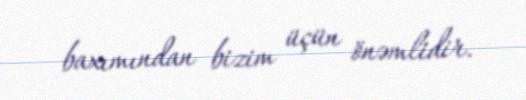
baxımından bizim üçün önəmlidir.